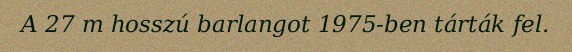
A 27 m hosszú barlangot 1975-ben tárták fel.